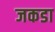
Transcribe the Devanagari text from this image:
जकडा